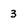
Character: 3